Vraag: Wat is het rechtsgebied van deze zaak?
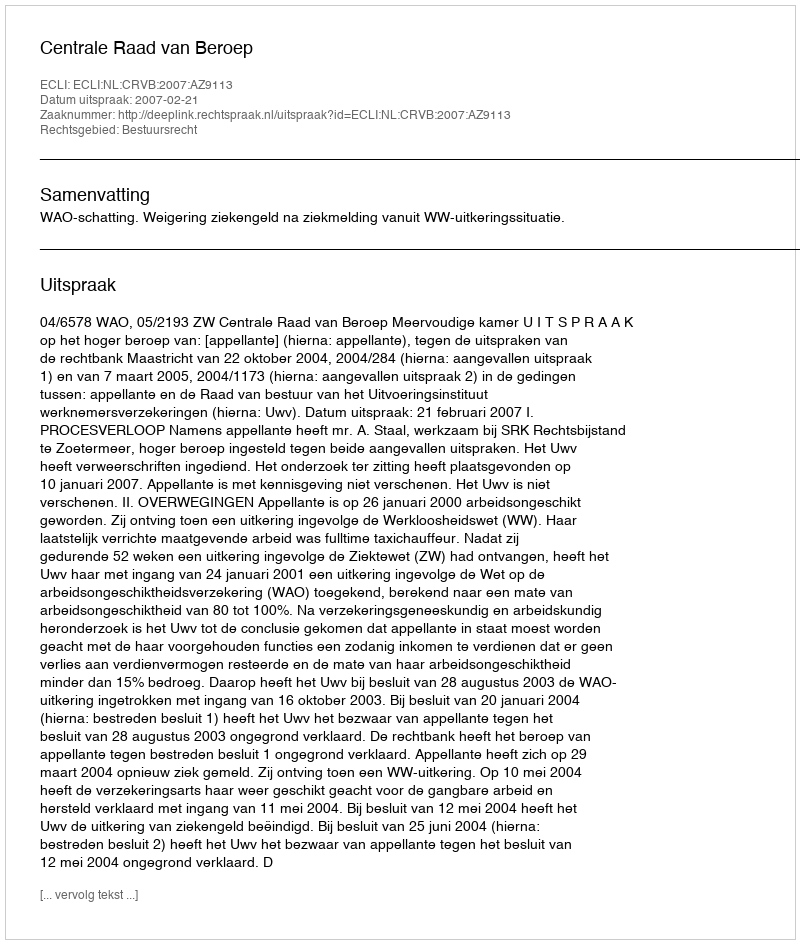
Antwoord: Bestuursrecht